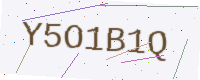
Text: Y5O1B1Q